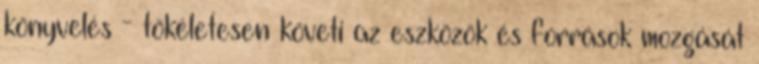
könyvelés - tökéletesen követi az eszközök és források mozgását